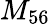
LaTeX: M_{56}